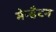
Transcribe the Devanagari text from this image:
मेन्हैटन